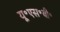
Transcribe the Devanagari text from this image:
यू॰एस॰बी॰